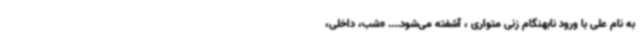
به نام علی با ورود نابهنگام زنی متواری ، آشفته می‌شود.... «شب، داخلی،